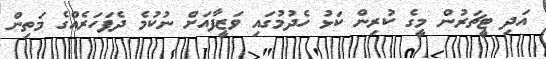
އަދި ޓީޗަރުން މީގެ ކުރިން ކަޅު ހެދުމުގައި ވަޒީފާއަށް ނުކުމެ ދެފަހަރެއްގެ މަތިން